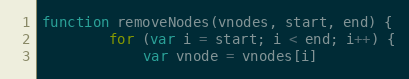
Language: JavaScript
function removeNodes(vnodes, start, end) {
		for (var i = start; i < end; i++) {
			var vnode = vnodes[i]